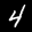
Label: 4